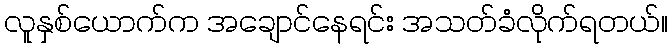
လူနှစ်ယောက်က အချောင်နေရင်း အသတ်ခံလိုက်ရတယ်။